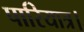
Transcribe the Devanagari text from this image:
पारियात्र।